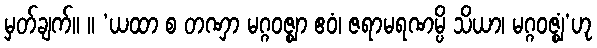
မှတ်ချက်။ ။ ‘ယထာ စ တဏှာ မဂ္ဂဝဇ္ဈာ ဧဝံ၊ ဇရာမရဏမ္ပိ သိယာ၊ မဂ္ဂဝဇ္ဈံ’ဟု